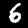
Digit: 6